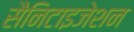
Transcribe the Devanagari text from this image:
सैनिटाइजेशन